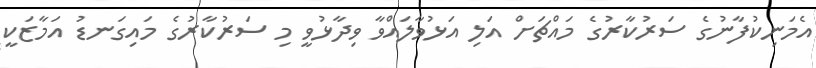
އެމަނިކުފާނުގެ ސަރުކާރުގެ މައްޗަށް އަލި އަޅުވާލައްވާ ވިދާޅުވީ މި ސަރުކާރުގެ މައިގަނޑު އަމާޒަކީ